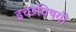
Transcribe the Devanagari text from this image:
इच्छेविषयी